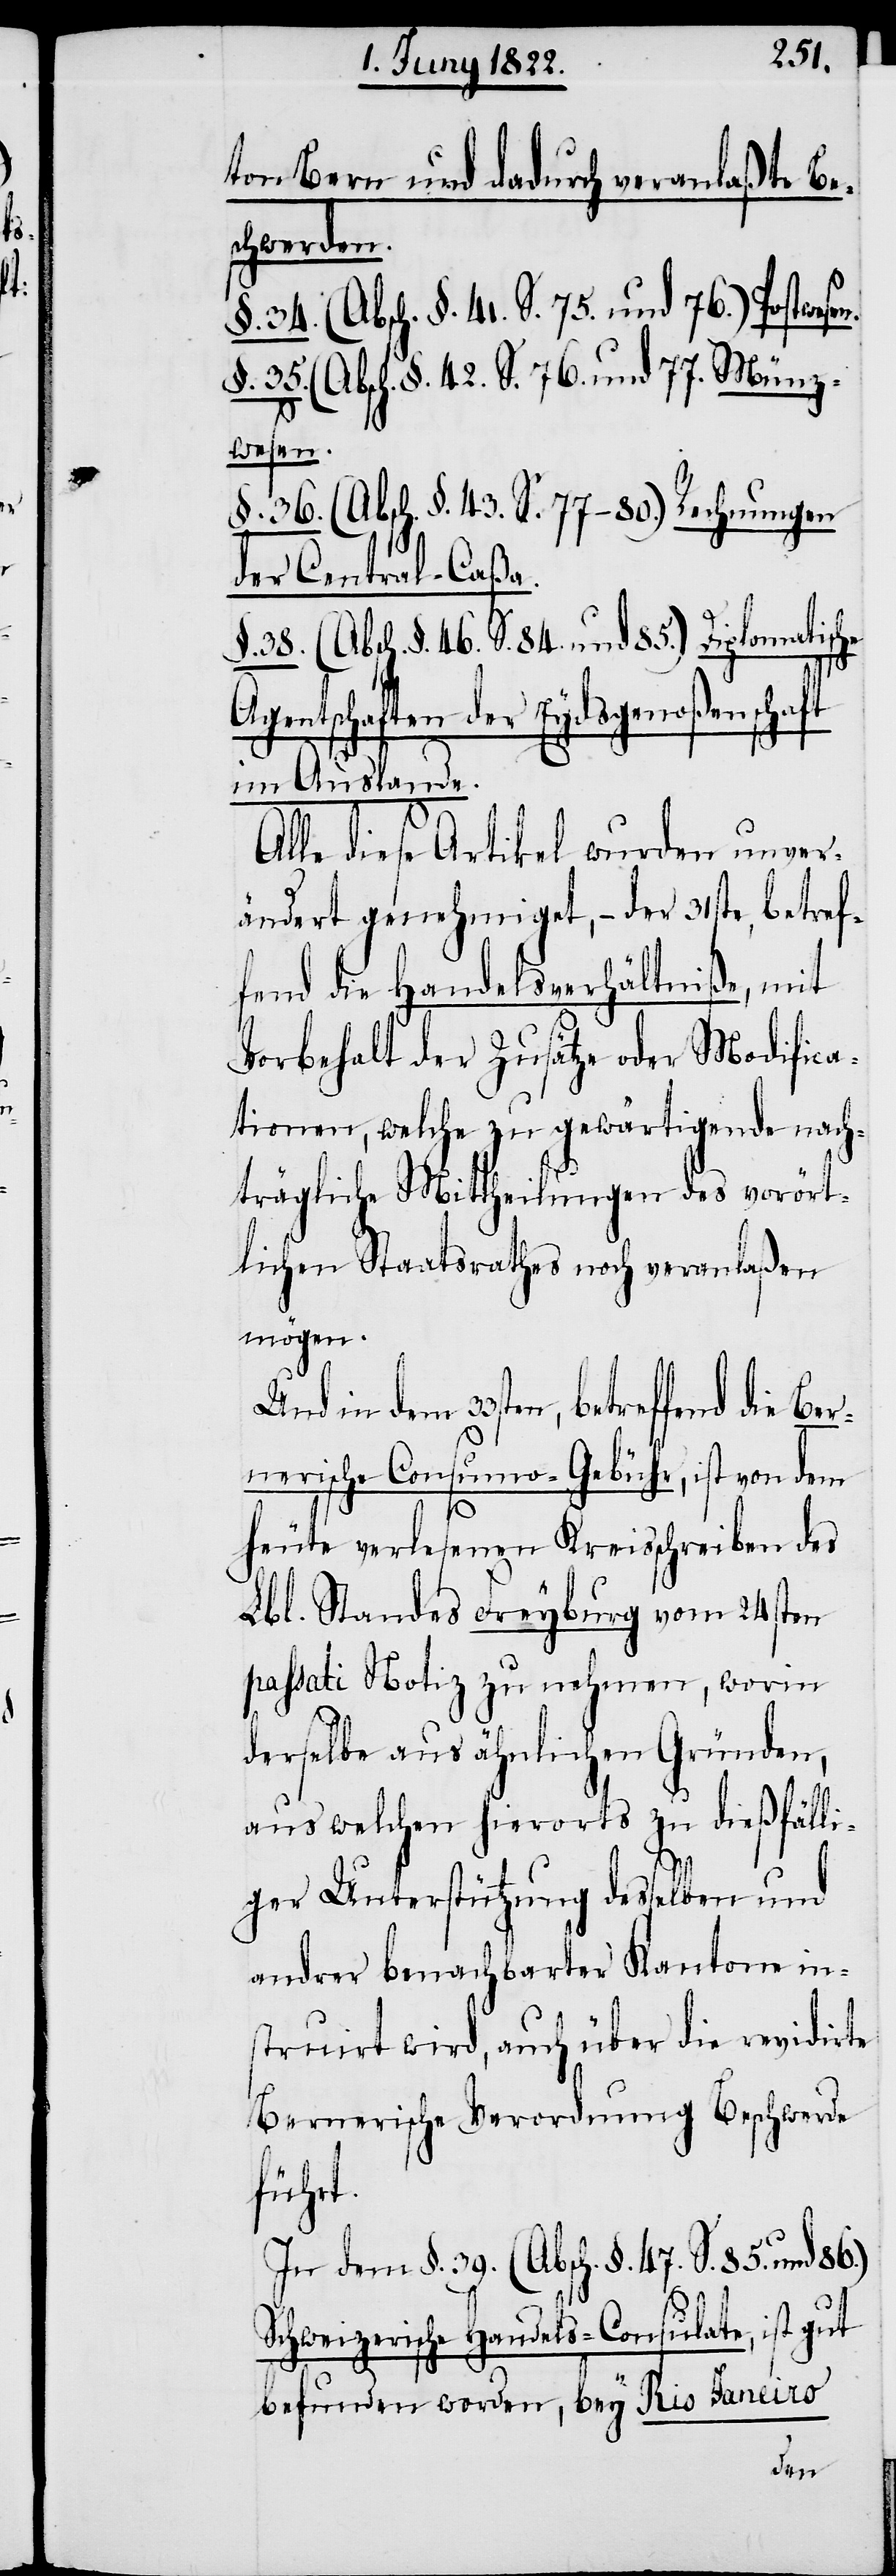
ton Bern und dadurch veranlaßte Be¬
schwerden.
§. 34. (Absch. §. 41. S. 75. und 76.) Postwese¬
§. 35. (Absch. §. 42. S. 76. und 77.) Münz¬
wesen.
§. 36. (Absch. §. 43. S. 77–80) Rechnungen
der Central-Caßa.
§. 38. (Absch. §. 46 S. 84. und 85.) Diplomatische
ntschaften der Eydsgenoßenschaft
im Auslande.
Alle diese Artikel wurden unver¬
ändert genehmiget, – der 31ste, betref¬
fend die Handelsverhältniße, mit
Vorbehalt der Zusätze oder Modifica¬
tionen, welche zu gewärtigende nach¬
trägliche Mittheilungen des vorört¬
lichen Staatsrathes noch veranlaßen
mögen.
in dem 33sten, betreffend die Be¬
rnerische Consumo-Gebühr, ist von dem
Age¬
heute verlesenen Kreisschreiben des
Lbl. Standes Freyburg vom 24sten
passati Notiz zu nehmen, worin
derselbe aus ähnlichen Gründen,
aus welchen hierorts zu dießfälli¬
ger Unterstützung desselben und
andrer benachbarter Kantone in¬
struirt wird, auch über die revidirte
Bernerische Verordnung Beschwerde
führt.
In dem §. 39. (Absch. §. 47. S. 85. und 86.)
Schweizerische Handels-Consulate, ist gut
befunden worden, bey Rio Janeiro